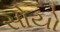
સોયો